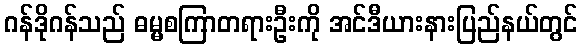
ဂန်ဒိုဂန်သည် ဓမ္မစကြာတရားဦးကို အင်ဒီယားနားပြည်နယ်တွင်